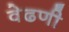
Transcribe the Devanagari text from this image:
वेढणी